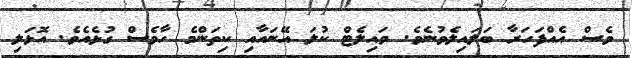
ވެސް އެއްފަހަރާ ބަލައިލެވުނެވެ. ވައިލެޓް ކުލަ އޭނައާއި ކިތަންމެ ހާވެސް ގުޅެއެވެ. އޮޅަލި